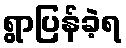
ရွာပြန်ခဲ့ရ